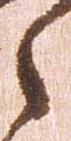
之